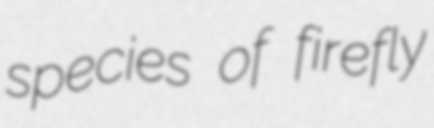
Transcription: species of firefly